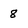
Character: 8